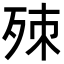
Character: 𣨁